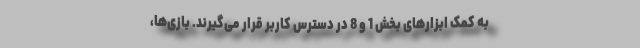
به کمک ابزارهای بخش 1 و 8 در دسترس کاربر قرار می‌گیرند. بازی‌ها،